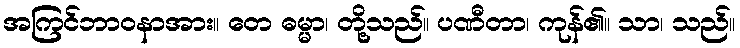
အကြင်ဘာဝနာအား။ တေ ဓမ္မာ၊ တို့သည်။ ပဏီတာ၊ ကုန်၏။ သာ၊ သည်။